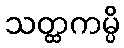
သတ္ထကမ္ပိ